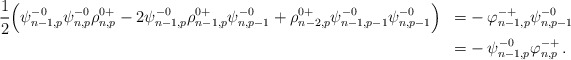
\begin{align*}\begin{aligned}&\frac{1}{2} \Big( \psi^{-0}_{n-1,p}\psi^{-0}_{n,p}\rho^{0+}_{n,p}-2\psi^{-0}_{n-1,p}\rho^{0+}_{n-1,p}\psi^{-0}_{n,p-1}+\rho^{0+}_{n-2,p}\psi^{-0}_{n-1,p-1}\psi^{-0}_{n,p-1} \Big) &=& - \varphi^{-+}_{n-1,p}\psi^{-0}_{n,p-1} \\&&=&- \psi^{-0}_{n-1,p} \varphi^{-+}_{n,p}\,.\end{aligned}\end{align*}